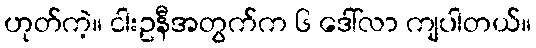
ဟုတ်ကဲ့။ ငါးဥနီအတွက်က ၆ ဒေါ်လာ ကျပါတယ်။